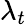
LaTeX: \lambda_{t}